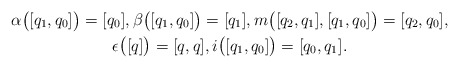
\begin{gather*} \alpha \bigl( [ q _1 , q _0 ] \bigr) = [q _0] , \beta \bigl( [ q _1, q _0 ] \bigr) = [q _1] , m \bigl( [q _2 , q _1 ] , [ q _1 , q _0 ] \bigr) = [ q _2 , q _0 ] ,\\ \epsilon \bigl( [q] \bigr) = [ q, q ] , i \bigl( [ q _1 , q _0] \bigr) = [q _0, q _1]. \end{gather*}